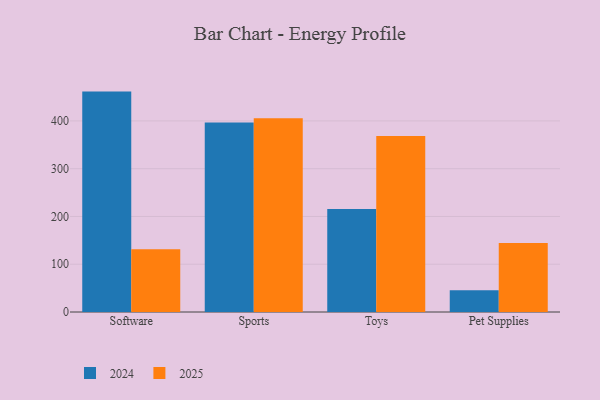
{"axis": {"x": "Category", "y": "Satisfaction Score"}, "legend": ["2024", "2025"], "data": [{"x": "Software", "y": 461.4, "type": "2024"}, {"x": "Software", "y": 131.2, "type": "2025"}, {"x": "Sports", "y": 396.6, "type": "2024"}, {"x": "Sports", "y": 405.4, "type": "2025"}, {"x": "Toys", "y": 215.4, "type": "2024"}, {"x": "Toys", "y": 368.2, "type": "2025"}, {"x": "Pet Supplies", "y": 45.7, "type": "2024"}, {"x": "Pet Supplies", "y": 144.2, "type": "2025"}]}